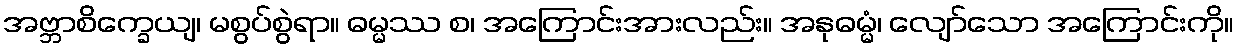
အဗ္ဘာစိက္ခေယျ၊ မစွပ်စွဲရာ။ ဓမ္မဿ စ၊ အကြောင်းအားလည်း။ အနုဓမ္မံ၊ လျော်သော အကြောင်းကို။